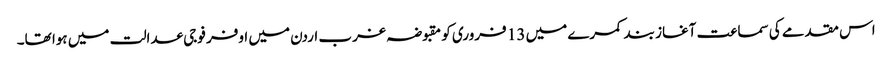
اس مقدمے کی سماعت آغاز بند کمرے میں 13 فروری کو مقبوضہ غرب اردن میں اوفر فوجی عدالت میں ہوا تھا۔